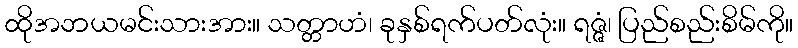
ထိုအဘယမင်းသားအား။ သတ္တာဟံ၊ ခုနှစ်ရက်ပတ်လုံး။ ရဇ္ဇံ၊ ပြည်စည်းစိမ်ကို။